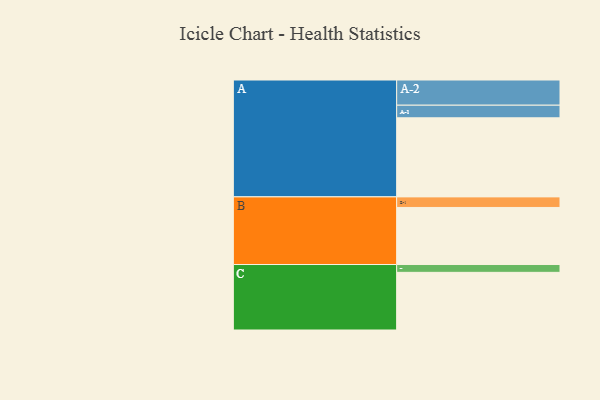
{"axis": {"x": "Segment", "y": "Value"}, "legend": ["", "A", "B", "C"], "data": [{"x": "A", "y": 546, "type": ""}, {"x": "B", "y": 394, "type": ""}, {"x": "C", "y": 398, "type": ""}, {"x": "A-1", "y": 87, "type": "A"}, {"x": "A-2", "y": 174, "type": "A"}, {"x": "B-1", "y": 73, "type": "B"}, {"x": "C-1", "y": 54, "type": "C"}]}